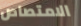
الامتصاص